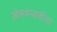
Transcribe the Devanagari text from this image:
खेमचन्दजींना